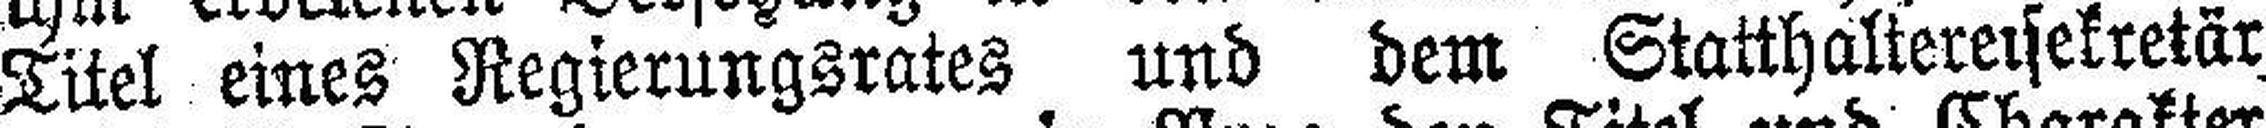
Titel eines Regierungsrates und dem Statthaltereisekretär